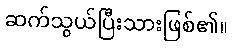
ဆက်သွယ်ပြီးသားဖြစ်၏။